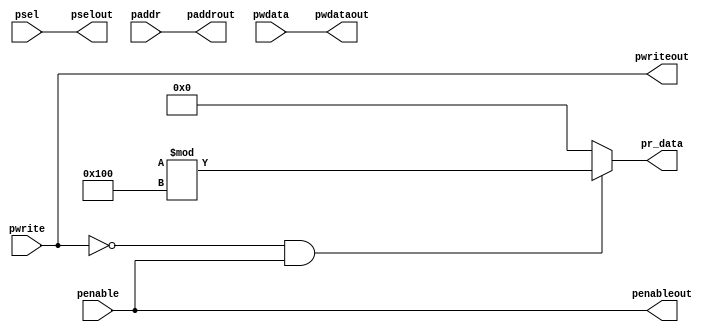
module apb_interface(pwrite,psel,penable,paddr,pwdata,pwriteout,pselout,penableout,paddrout,pwdataout,pr_data); 
input pwrite,penable;
input [2:0]psel;
input [31:0]pwdata,paddr; output pwriteout,penableout; output [2:0]pselout;
output [31:0]pwdataout,paddrout; output reg[31:0]pr_data;
assign penableout=penable; assign pselout=psel;
assign pwriteout=pwrite; assign paddrout=paddr; assign pwdataout=pwdata;
always @(*) begin
if(~pwrite && penable) pr_data=($random)%256; else
pr_data=0; end endmodule